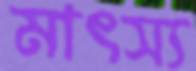
মাৎস্য